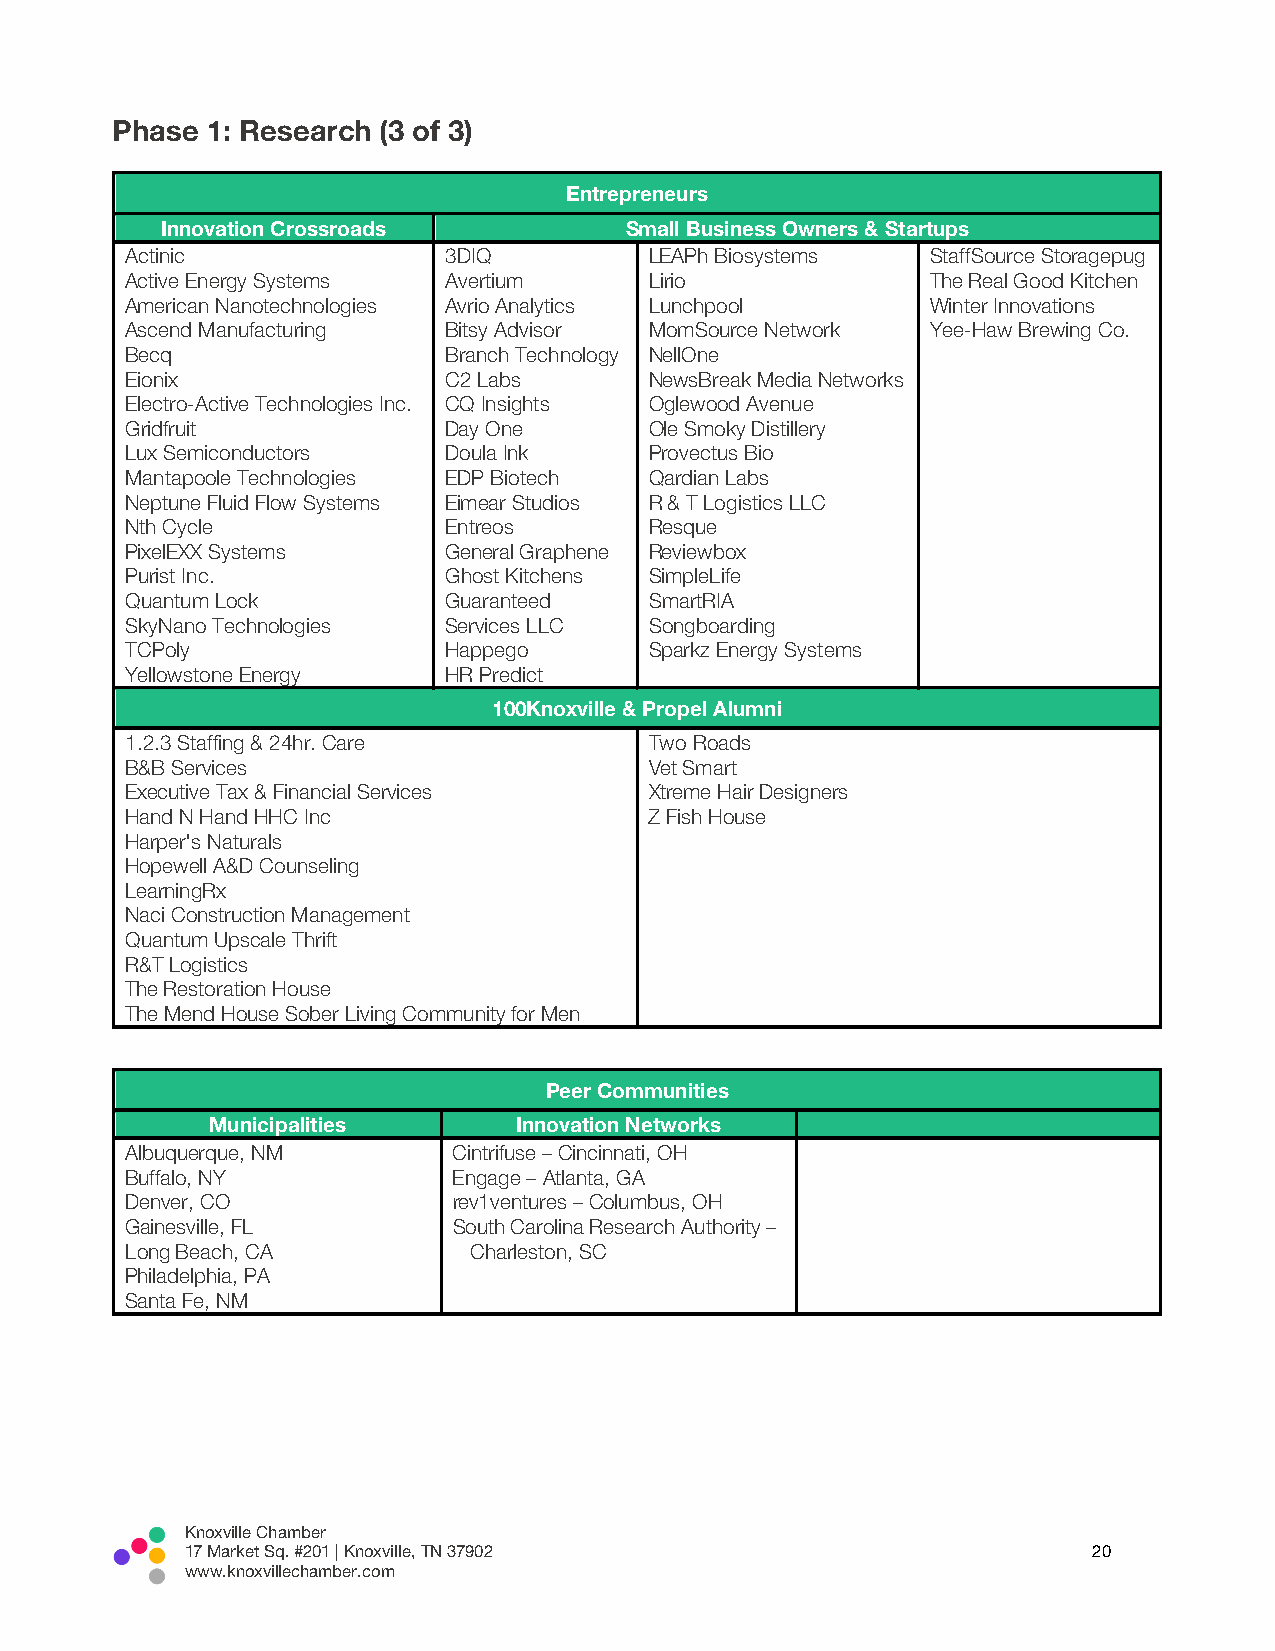
Phase  1: Research (3 of 3)
 Entrepreneurs
 Innovation Crossroads         Small Business Owners & Startups
 Actinic              3DIQ          LEAPh Biosystems   StaffSource Storagepug
 Active Energy Systems Avertium     Lirio              The Real Good Kitchen
 American Nanotechnologies Avrio Analytics Lunchpool   Winter Innovations
 Ascend Manufacturing Bitsy Advisor MomSource Network  Yee-Haw Brewing Co.
 Becq                 Branch Technology NellOne
 Eionix               C2 Labs       NewsBreak Media Networks
 Electro-Active Technologies Inc. CQ Insights Oglewood Avenue
 Gridfruit            Day One       Ole Smoky Distillery
 Lux Semiconductors   Doula Ink     Provectus Bio
 Mantapoole Technologies EDP Biotech Qardian Labs
 Neptune Fluid Flow Systems Eimear Studios R & T Logistics LLC
 Nth Cycle            Entreos       Resque
 PixelEXX Systems     General Graphene Reviewbox
 Purist Inc.          Ghost Kitchens SimpleLife
 Quantum Lock         Guaranteed    SmartRIA
 SkyNano Technologies Services LLC  Songboarding
 TCPoly               Happego       Sparkz Energy Systems
 Yellowstone Energy   HR Predict
 100Knoxville & Propel Alumni
 1.2.3 Staffing & 24hr. Care        Two Roads
 B&B Services                       Vet Smart
 Executive Tax & Financial Services Xtreme Hair Designers
 Hand N Hand HHC Inc                Z Fish House
 Harper's Naturals
 Hopewell A&D Counseling
 LearningRx
 Naci Construction Management
 Quantum Upscale Thrift
 R&T Logistics
 The Restoration House
 The Mend House Sober Living Community for Men
 Peer Communities
 Municipalities      Innovation Networks
 Albuquerque, NM       Cintrifuse – Cincinnati, OH
 Buffalo, NY           Engage – Atlanta, GA
 Denver, CO            rev1ventures – Columbus, OH
 Gainesville, FL       South Carolina Research Authority –
 Long Beach, CA         Charleston, SC
 Philadelphia, PA
 Santa Fe, NM
 Knoxville Chamber
 17 Market Sq. #201 | Knoxville, TN 37902                    20
 www.knoxvillechamber.com